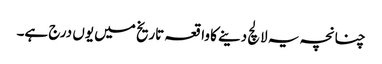
چنانچہ یہ لالچ دینے کا واقعہ تاریخ میں یوں درج ہے۔